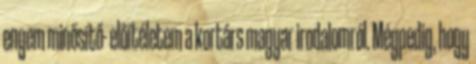
engem minősítő- előítéletem a kortárs magyar irodalomról. Mégpedig, hogy